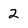
Character: 2